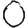
Digit: 0